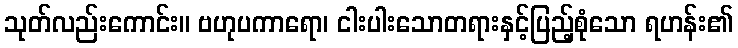
သုတ်လည်းကောင်း။ ဗဟုပကာရော၊ ငါးပါးသောတရားနှင့်ပြည့်စုံသော ရဟန်း၏